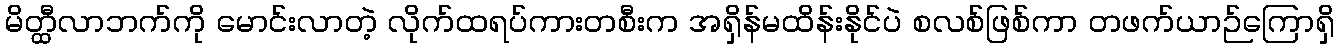
မိတ္ထီလာဘက်ကို မောင်းလာတဲ့ လိုက်ထရပ်ကားတစီးက အရှိန်မထိန်းနိုင်ပဲ စလစ်ဖြစ်ကာ တဖက်ယာဉ်ကြောရှိ